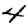
Digit: 4